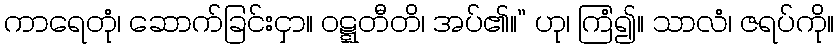
ကာရေတုံ၊ ဆောက်ခြင်းငှာ။ ဝဋ္ဋတီတိ၊ အပ်၏။” ဟု၊ ကြံ၍။ သာလံ၊ ဇရပ်ကို။